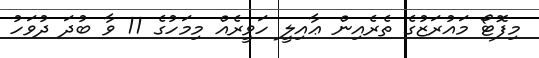
މިފޮޓޯ މައުރަޒުގެ ތެރެއިން ޢާއިލީ ހަވީރެއް މިމަހުގެ 11 ވާ ބުދަ ދުވަހު